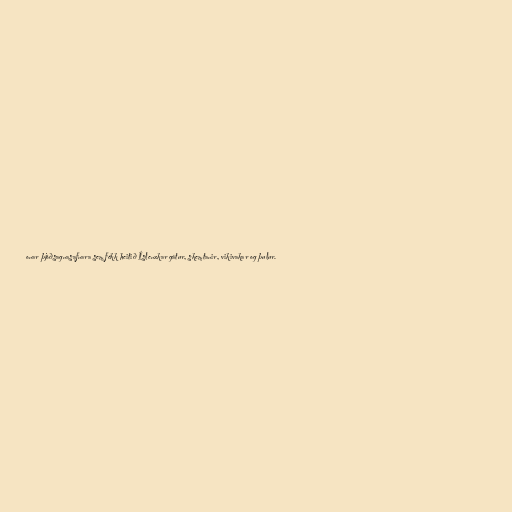
onar þjóðsagnasafnara sem fékk heitið Íslenzkar gátur, skemtanir, vikivakar og þulur.